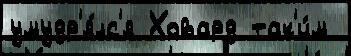
умудр'я́лс'я Ховард так'и́м